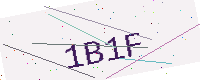
Text: 1B1F